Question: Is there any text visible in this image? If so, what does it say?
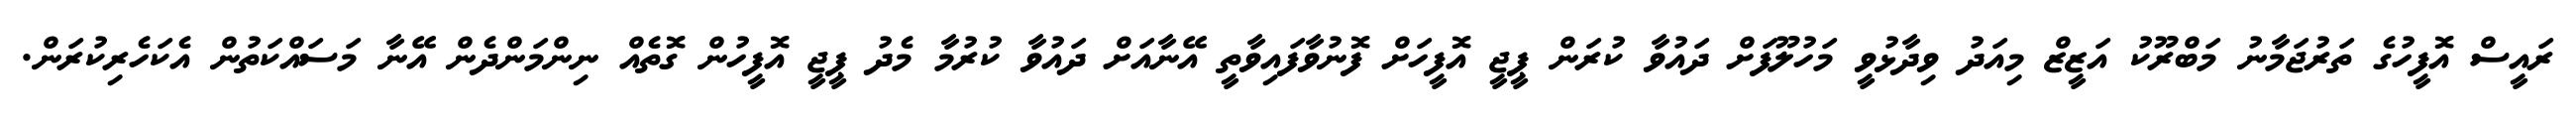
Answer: ރައީސް އޮފީހުގެ ތަރުޖަމާނު މަބްރޫކު އަޒީޒް މިއަދު ވިދާޅުވީ މަހުލޫފަށް ދައުވާ ކުރަން ޕީޖީ އޮފީހަށް ފޮނުވާފައިވާތީ އޭނާއަށް ދައުވާ ކުރުމާ މެދު ޕީޖީ އޮފީހުން ގޮތެއް ނިންމަންދެން އޭނާ މަސައްކަތުން އެކަހެރިކުރަން.